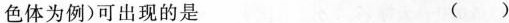
色体为例)可出现的是 ( )